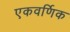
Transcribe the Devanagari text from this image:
एकवर्णिक